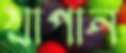
খাপান